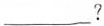
___ ?